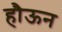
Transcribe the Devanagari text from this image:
हौऊन